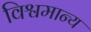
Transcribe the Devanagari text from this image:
विश्वमान्य